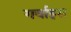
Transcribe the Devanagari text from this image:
गर्वाइस